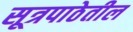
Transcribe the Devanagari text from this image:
सूत्रपाठेतील